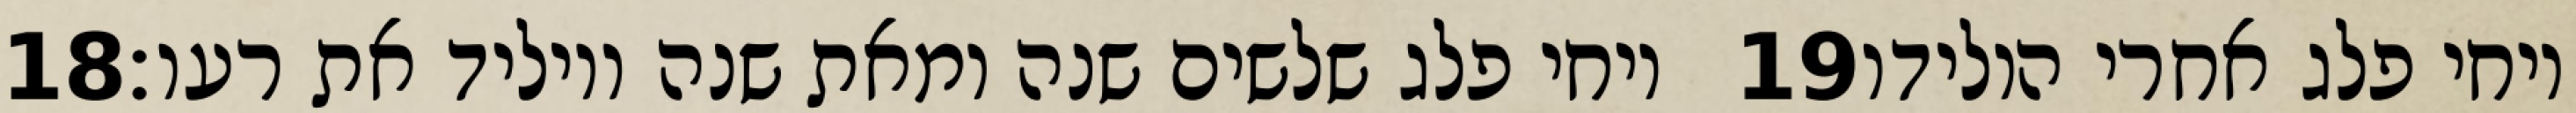
‎18‏ ויחי פלג שלשים שנה ומאת שנה ויוליד את רעו׃ ‎19‏ ויחי פלג אחרי הולידו